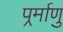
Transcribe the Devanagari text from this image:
पर्र्माणु